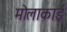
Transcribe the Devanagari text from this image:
मोलाकाई